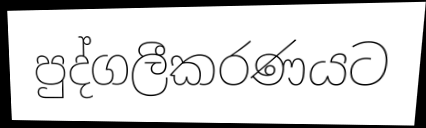
පුද්ගලීකරණයට